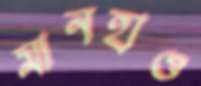
মানহাও